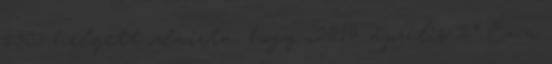
1905 helyett odaírta, hogy „2010. április 2.” Ez a